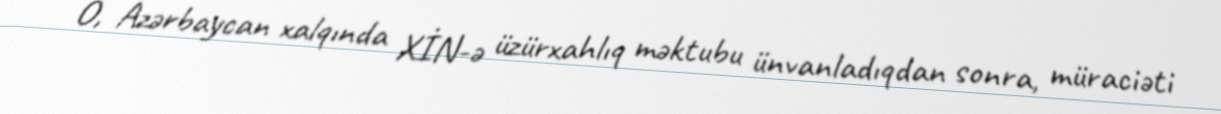
O, Azərbaycan xalqında XİN-ə üzürxahlıq məktubu ünvanladıqdan sonra, müraciəti